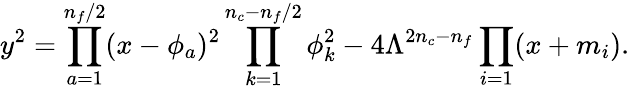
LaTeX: y^{2}=\prod_{a=1}^{n_{f}/2}(x-\phi_{a})^{2}\prod_{k=1}^{n_{c}-n_{f}/2}\phi_{k}^{2}-4\Lambda^{2n_{c}-n_{f}}\prod_{i=1}(x+m_{i}).